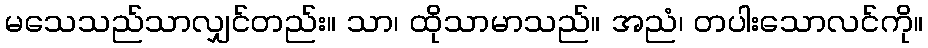
မသေသည်သာလျှင်တည်း။ သာ၊ ထိုသာမာသည်။ အညံ၊ တပါးသောလင်ကို။